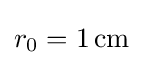
r_{0}=1\,\mathrm {cm}